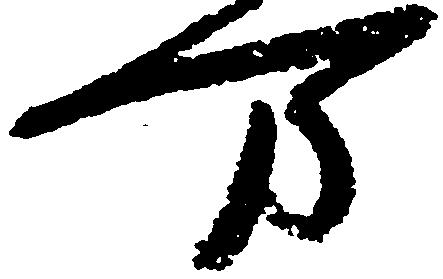
万